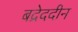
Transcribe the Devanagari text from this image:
बद्रेददीन